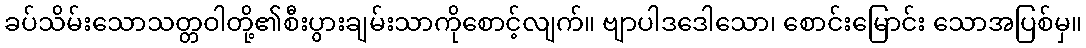
ခပ်သိမ်းသောသတ္တဝါတို့၏စီးပွားချမ်းသာကိုစောင့်လျက်။ ဗျာပါဒဒေါသော၊ စောင်းမြောင်း သောအပြစ်မှ။